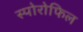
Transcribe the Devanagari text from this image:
स्पोरोफिल